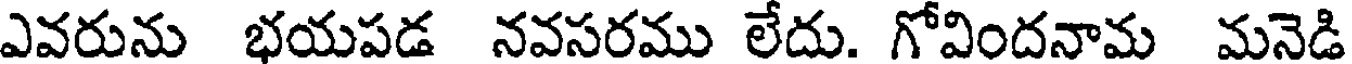
ఎవరును భయపడ నవసరము లేదు. గోవిందనామ మనెడి